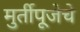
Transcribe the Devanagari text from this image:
मुर्तीपूजेचे